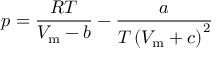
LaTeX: p = { \frac { R T } { V _ { \mathrm { m } } - b } } - { \frac { a } { T \left( V _ { \mathrm { m } } + c \right) ^ { 2 } } }